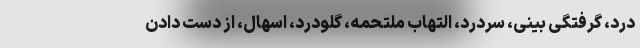
درد، گرفتگی بینی، سردرد، التهاب ملتحمه، گلودرد، اسهال، از دست دادن